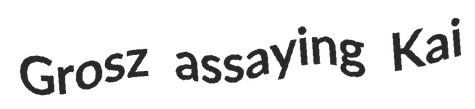
Grosz assaying Kai